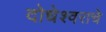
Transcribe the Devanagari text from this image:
दोधेश्वराचे